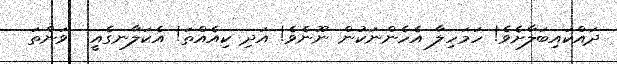
ދައްކައިބަލާށެވެ! ހަމަހިލާ އެހެންނަކުން ނޫނެވެ! އަދި ކިއެއްތަ! އެކަލާނގެއީ  ވަންތަ